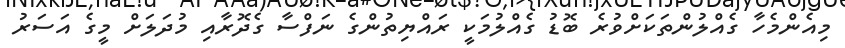
މިއެންމެހާ ގެއްލުންތަކަށްވުރެ ބޮޑު ގެއްލުމަކީ ރައްޔިތުންގެ ނަފްސާ ގެދޮރާއި މުދަލަށް މީގެ އަސަރު